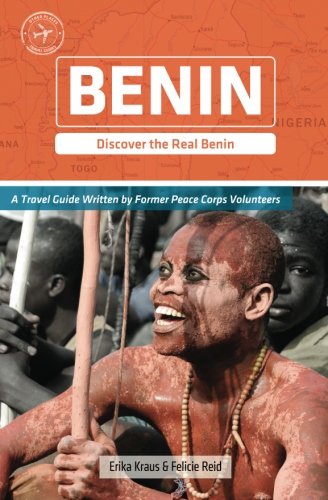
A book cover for Benin (Other Places Travel Guide); Erika Kraus; Travel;